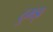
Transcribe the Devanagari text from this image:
ठुमड़ा